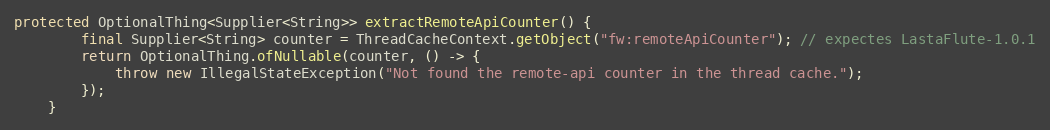
Language: Java
protected OptionalThing<Supplier<String>> extractRemoteApiCounter() {
        final Supplier<String> counter = ThreadCacheContext.getObject("fw:remoteApiCounter"); // expectes LastaFlute-1.0.1
        return OptionalThing.ofNullable(counter, () -> {
            throw new IllegalStateException("Not found the remote-api counter in the thread cache.");
        });
    }